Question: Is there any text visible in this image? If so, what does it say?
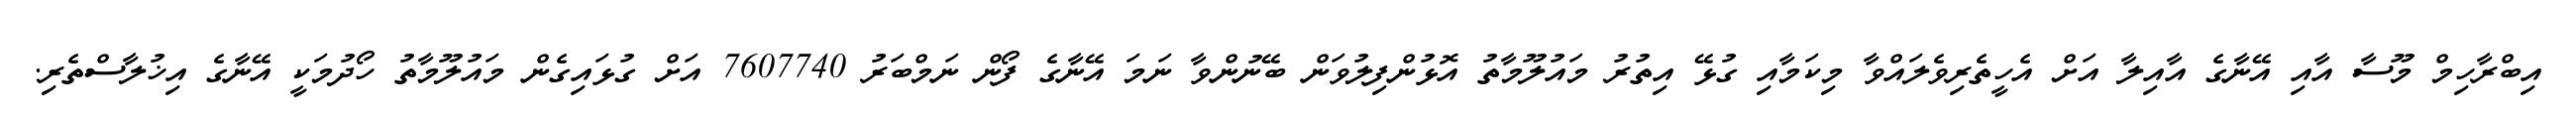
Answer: އިބްރާހިމް މޫސާ އާއި އޭނާގެ އާއިލާ އަށް އެހީތެރިވެލައްވާ މިކަމާއި ގުޅޭ އިތުރު މައުލޫމާތު އޮޅުންފިލުވަން ބޭނުންވާ ނަމަ އޭނާގެ ފޯން ނަމްބަރު 7607740 އަށް ގުޅައިގެން މައުލޫމާތު ހޯދުމަކީ އޭނާގެ އިޚުލާސްތެރި.